Leningradi_Edasi_toimetus, lk 51
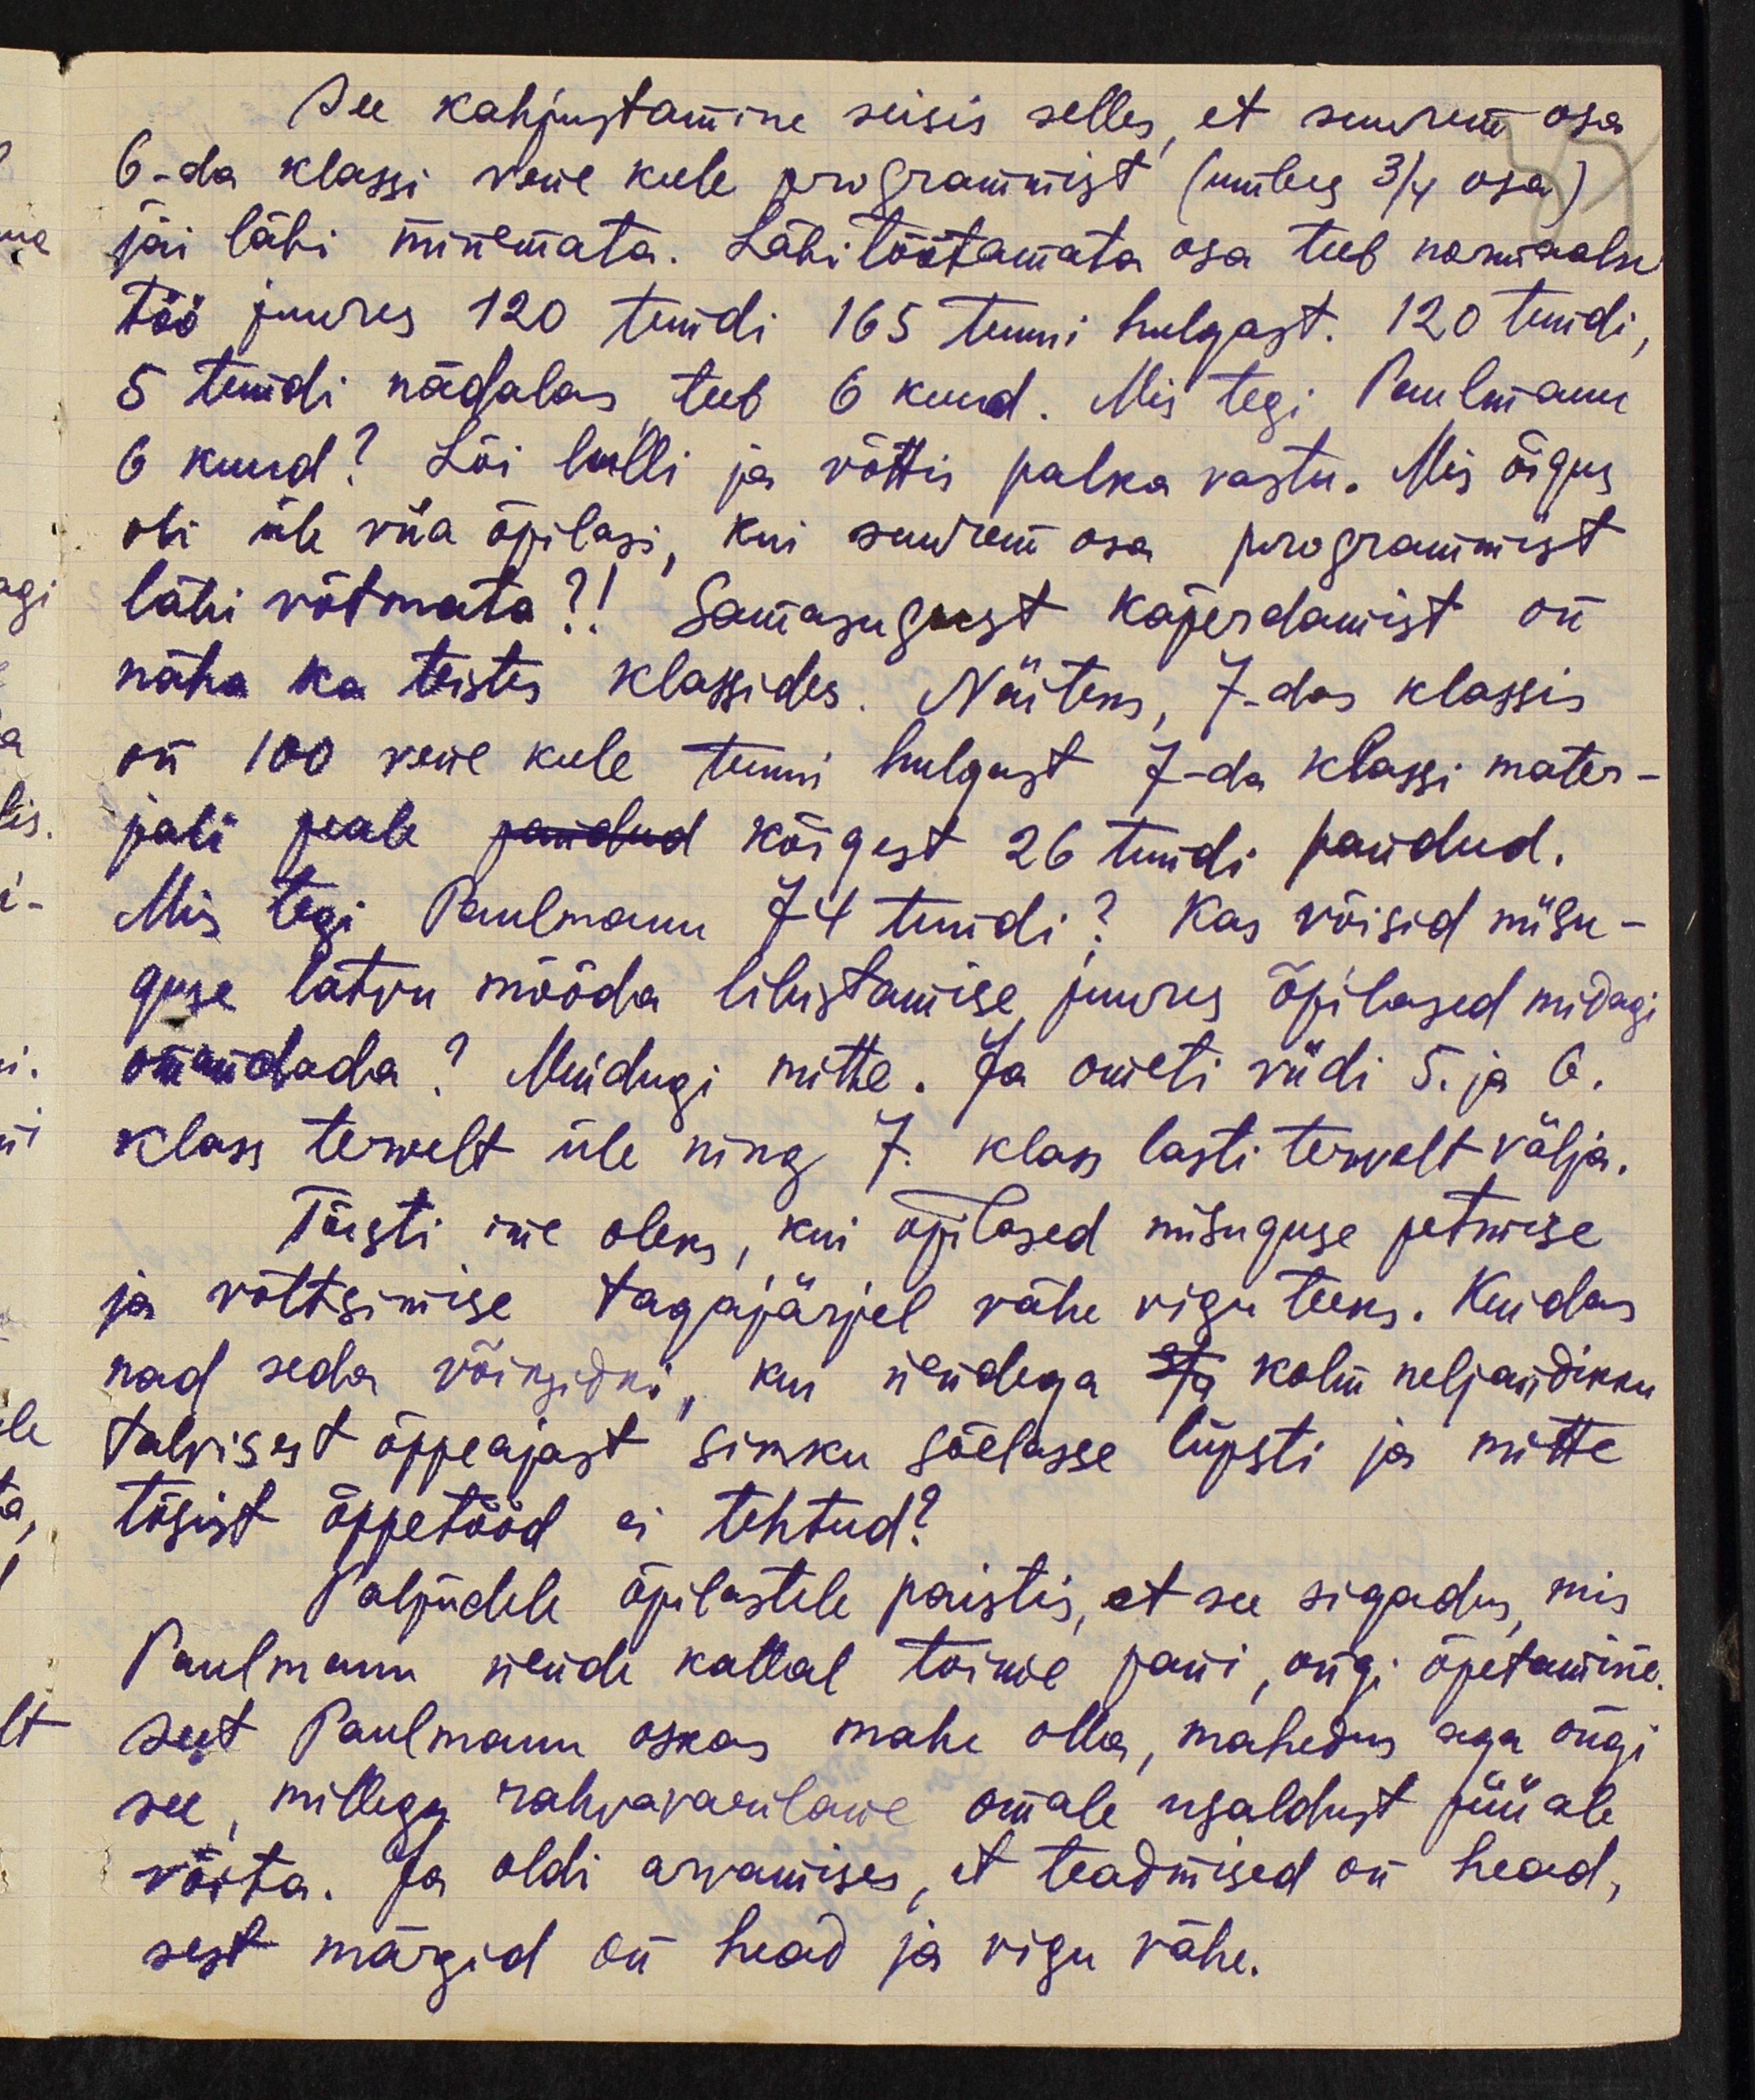
See kahjustamine seisis selles, et suurem osa
6-da klassi vene keele programmist (umbes 3/4 osa)
jäi läbi minemata. Läbi töötamata osa teeb normaalse
töö juures 120 tundi 165 tunni hulgast. 120 tundi,
5 tundi nädalas teeb 6 kuud. Mis tegi Paulmann
6 kuud? Lõi lulli ja võttis palka vastu. Mis õigus
oli üle viia õpilasi, kui suurem osa programmist
läbi võtmata?! Samasugust koperdamist on
näha ka teistes klassides. Näiteks 7-das klassis
on 100 vene keele tunni hulgast 7-da klassi mater-
jali peale pandud kõigest 26 tundi pandud.
Mis tegi Paulmann 74 tundi? Kas võisid niisu-
guse latvu mööda libistamise juures õpilased midagi
omandada? Muidugi mitte. Ja ometi viidi 5. ja 6.
klass tervelt üle ning 7. klass lasti tervelt välja.
Tõesti ime oleks, kui õpilased niisuguse petmise
ja võltsimise tagajärjel vähe vigu teeks. Kuidas
nad seda võiksidki, kui nendega ka kolm neljandikku
talvisest õppeajast sikku sõelasse lüpsti ja mitte
tõsist õppetööd ei tehtud?
Paljudele õpilastele paistis, et see sigadus, mis
Paulmann nende kallal toime pani, ongi õpetamine.
sest Paulmann oskas mahe olla, mahedus aga ongi
see, millega rahvavaenlane omale usaldust püüab
võita. Ja oldi arvamises, et teadmised on head,
sest märgid on head ja vigu vähe.